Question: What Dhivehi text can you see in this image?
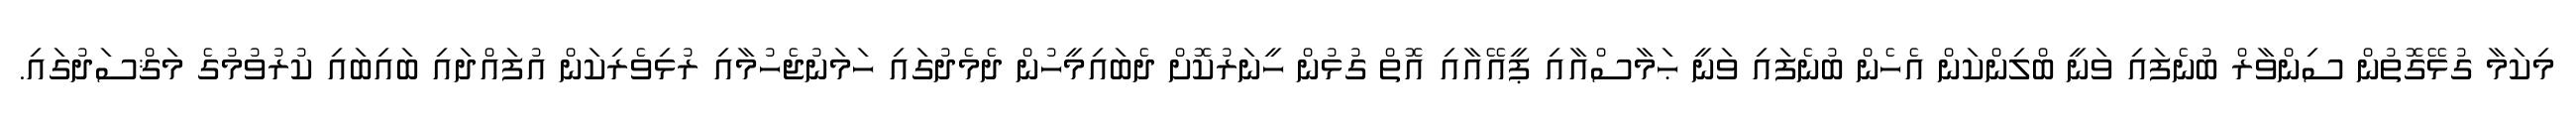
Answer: މިކަމާ ގުޅޭގޮތުން ސިންވާރް ބުނެފައި ވަނީ ބްލިންކަން އެހެން ބުނެފައި ވަނީ ޙަމާސްއާއި ޕީއޭއާއި އޮތް ގުޅުން ހީނަރުކޮށް ދެބައިމީހުން ދެމެދުގައި ހަމަނުޖެހުމާއި ރުޅިވެރިކަން އުފައްދައި ބައިބައި ކުރުވުމުގެ މަޤްސަދުގައި.